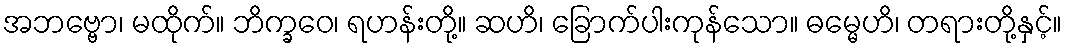
အဘဗ္ဗော၊ မထိုက်။ ဘိက္ခဝေ၊ ရဟန်းတို့။ ဆဟိ၊ ခြောက်ပါးကုန်သော။ ဓမ္မေဟိ၊ တရားတို့နှင့်။